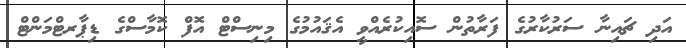
އަދި ޗައިނާ ސަރުކާރުގެ ފަރާތުން ސޮއިކުރެއްވީ އެޤައުމުގެ މިނިސްޓް އޮފް ކޮމާސްގެ ޑިޕާރޓްމަންޓް